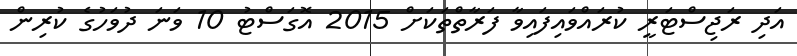
އަދި ރަޖިސްޓަރީ ކުރައްވައިފައިވާ ފަރާތްތަކަށްް 2015 އޮގަސްޓު 10 ވަނަ ދުވަހުގެ ކުރިން